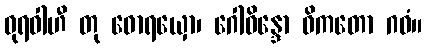
ဓုရဝါဟီ တု ဓောရယှော၊ ဂေါဝိန္ဒော ဓိကတော ဂဝံ။